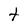
Character: t